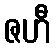
ဇဟီ